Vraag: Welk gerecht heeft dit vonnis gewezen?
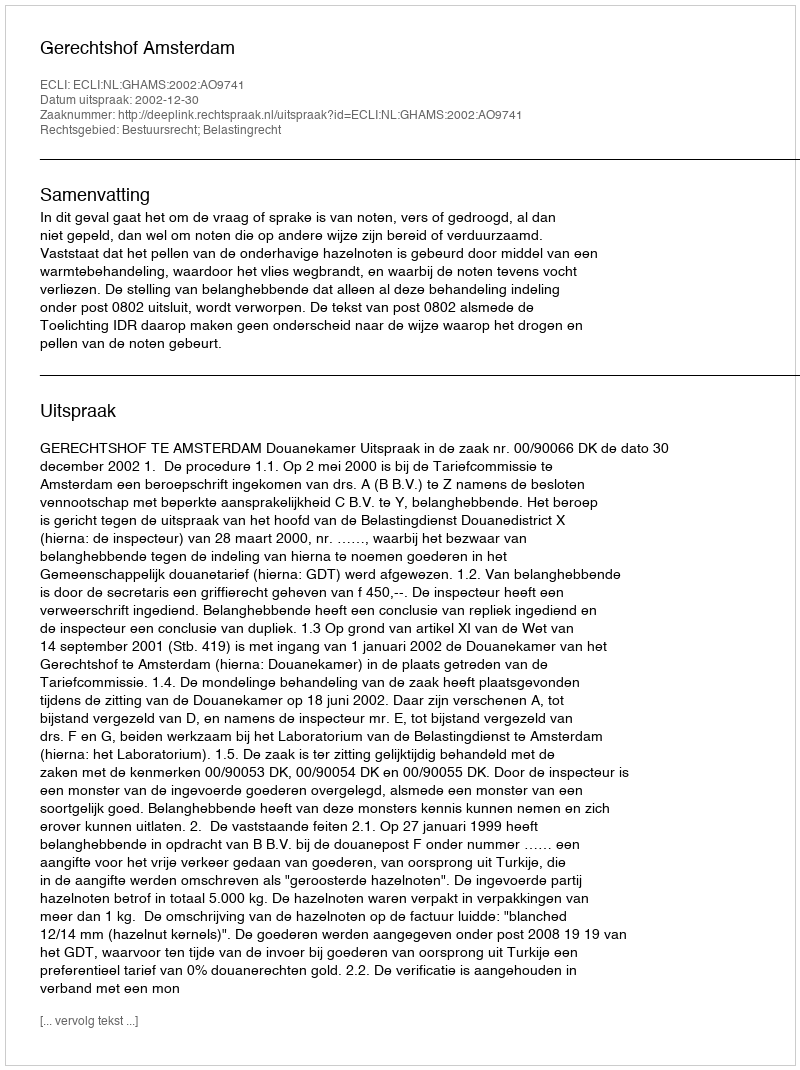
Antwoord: Gerechtshof Amsterdam